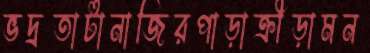
ভদ্রতাটানাজিরপাড়াক্রীড়ামন